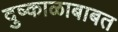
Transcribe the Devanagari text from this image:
दुष्काळाबाबत